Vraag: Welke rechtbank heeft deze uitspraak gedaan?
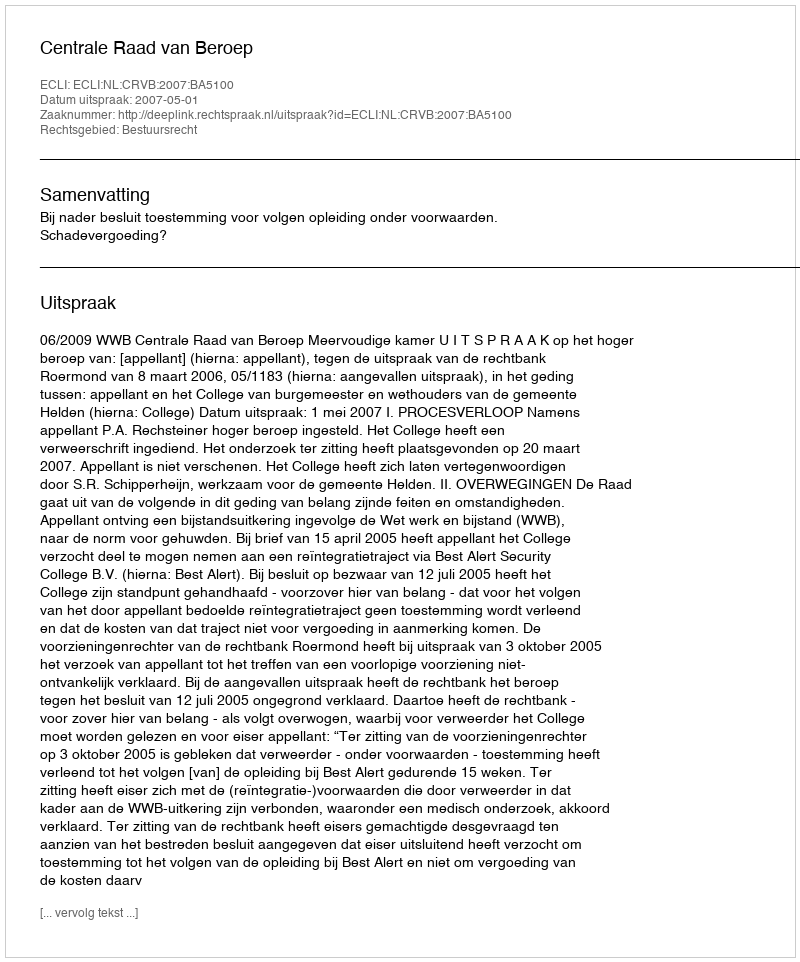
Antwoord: Centrale Raad van Beroep